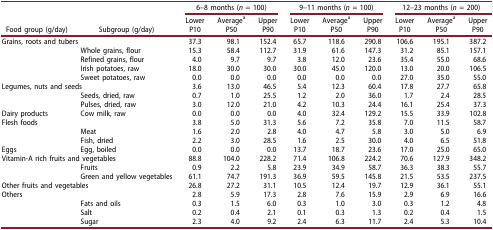
<table><thead><tr><td><b> </b></td><td><b> </b></td><td colspan="3"><b>6–8 months (<i>n</i> = 100)</b></td><td colspan="3"><b>9–11 months (<i>n</i> = 100)</b></td><td colspan="3"><b>12–23 months (<i>n</i> = 200)</b></td></tr><tr><td><b> </b></td><td><b> </b></td><td><b>Lower</b></td><td><b>Average<sup>a</sup></b></td><td><b>Upper</b></td><td><b>Lower</b></td><td><b>Average<sup>a</sup></b></td><td><b>Upper</b></td><td><b>Lower</b></td><td><b>Average<sup>a</sup></b></td><td><b>Upper</b></td></tr><tr><td><b>Food group (g/day)</b></td><td><b>Subgroup (g/day)</b></td><td><b>P10</b></td><td><b>P50</b></td><td><b>P90</b></td><td><b>P10</b></td><td><b>P50</b></td><td><b>P90</b></td><td><b>P10</b></td><td><b>P50</b></td><td><b>P90</b></td></tr></thead><tbody><tr><td colspan="2">Grains, roots and tubers</td><td>37.3</td><td>98.1</td><td>152.4</td><td>65.7</td><td>118.6</td><td>290.8</td><td>106.6</td><td>195.1</td><td>387.2</td></tr><tr><td> </td><td>Whole grains, flour</td><td>15.3</td><td>58.4</td><td>112.7</td><td>31.9</td><td>61.6</td><td>147.3</td><td>31.2</td><td>85.1</td><td>157.1</td></tr><tr><td> </td><td>Refined grains, flour</td><td>4.0</td><td>9.7</td><td>9.7</td><td>3.8</td><td>12.0</td><td>23.6</td><td>35.4</td><td>55.0</td><td>68.6</td></tr><tr><td> </td><td>Irish potatoes, raw</td><td>18.0</td><td>30.0</td><td>30.0</td><td>30.0</td><td>45.0</td><td>120.0</td><td>13.0</td><td>20.0</td><td>106.5</td></tr><tr><td> </td><td>Sweet potatoes, raw</td><td>0.0</td><td>0.0</td><td>0.0</td><td>0.0</td><td>0.0</td><td>0.0</td><td>27.0</td><td>35.0</td><td>55.0</td></tr><tr><td colspan="2">Legumes, nuts and seeds</td><td>3.6</td><td>13.0</td><td>46.5</td><td>5.4</td><td>12.3</td><td>60.4</td><td>17.8</td><td>27.7</td><td>65.8</td></tr><tr><td> </td><td>Seeds, dried, raw</td><td>0.7</td><td>1.0</td><td>25.5</td><td>1.2</td><td>2.0</td><td>36.0</td><td>1.7</td><td>2.4</td><td>28.5</td></tr><tr><td> </td><td>Pulses, dried, raw</td><td>3.0</td><td>12.0</td><td>21.0</td><td>4.2</td><td>10.3</td><td>24.4</td><td>16.1</td><td>25.4</td><td>37.3</td></tr><tr><td>Dairy products</td><td>Cow milk, raw</td><td>0.0</td><td>0.0</td><td>0.0</td><td>4.0</td><td>32.4</td><td>129.2</td><td>15.5</td><td>33.9</td><td>102.8</td></tr><tr><td colspan="2">Flesh foods</td><td>3.8</td><td>5.0</td><td>31.3</td><td>5.6</td><td>7.2</td><td>35.8</td><td>7.0</td><td>11.5</td><td>58.7</td></tr><tr><td> </td><td>Meat</td><td>1.6</td><td>2.0</td><td>2.8</td><td>4.0</td><td>4.7</td><td>5.8</td><td>3.0</td><td>5.0</td><td>6.9</td></tr><tr><td> </td><td>Fish, dried</td><td>2.2</td><td>3.0</td><td>28.5</td><td>1.6</td><td>2.5</td><td>30.0</td><td>4.0</td><td>6.5</td><td>51.8</td></tr><tr><td>Eggs</td><td>Egg, boiled</td><td>0.0</td><td>0.0</td><td>0.0</td><td>13.7</td><td>18.7</td><td>23.6</td><td>17.0</td><td>25.0</td><td>65.0</td></tr><tr><td colspan="2">Vitamin-A rich fruits and vegetables</td><td>88.8</td><td>104.0</td><td>228.2</td><td>71.4</td><td>106.8</td><td>224.2</td><td>70.6</td><td>127.9</td><td>348.2</td></tr><tr><td> </td><td>Fruits</td><td>0.9</td><td>2.2</td><td>5.8</td><td>23.9</td><td>34.9</td><td>58.7</td><td>36.3</td><td>38.3</td><td>55.7</td></tr><tr><td> </td><td>Green and yellow vegetables</td><td>61.1</td><td>74.7</td><td>191.3</td><td>36.9</td><td>59.5</td><td>145.8</td><td>21.5</td><td>53.5</td><td>237.5</td></tr><tr><td colspan="2">Other fruits and vegetables</td><td>26.8</td><td>27.2</td><td>31.1</td><td>10.5</td><td>12.4</td><td>19.7</td><td>12.9</td><td>36.1</td><td>55.1</td></tr><tr><td>Others</td><td> </td><td>2.8</td><td>5.9</td><td>17.3</td><td>2.8</td><td>7.6</td><td>15.9</td><td>2.9</td><td>6.9</td><td>16.6</td></tr><tr><td> </td><td>Fats and oils</td><td>0.3</td><td>1.5</td><td>6.0</td><td>0.3</td><td>1.0</td><td>3.0</td><td>0.3</td><td>1.2</td><td>4.8</td></tr><tr><td> </td><td>Salt</td><td>0.2</td><td>0.4</td><td>2.1</td><td>0.1</td><td>0.3</td><td>1.3</td><td>0.2</td><td>0.4</td><td>1.5</td></tr><tr><td> </td><td>Sugar</td><td>2.3</td><td>4.0</td><td>9.2</td><td>2.4</td><td>6.3</td><td>11.7</td><td>2.4</td><td>5.3</td><td>10.4</td></tr></tbody></table>